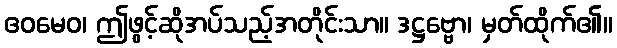
ဧဝမေဝ၊ ဤဖွင့်ဆိုအပ်သည့်အတိုင်းသာ။ ဒဋ္ဌဗ္ဗော၊ မှတ်ထိုက်၏။